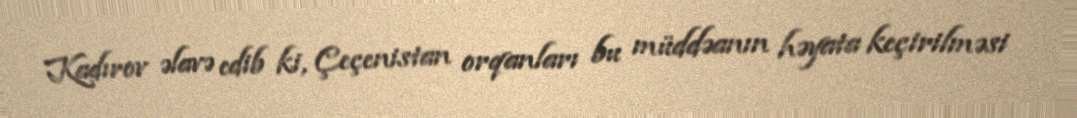
Kadırov əlavə edib ki, Çeçenistan orqanları bu müddəanın həyata keçirilməsi